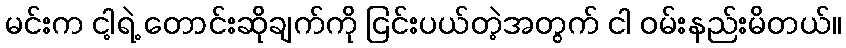
မင်းက ငါ့ရဲ့ တောင်းဆိုချက်ကို ငြင်းပယ်တဲ့အတွက် ငါ ဝမ်းနည်းမိတယ်။